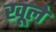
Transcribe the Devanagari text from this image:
खूले